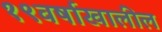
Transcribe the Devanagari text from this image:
१९वर्षाखालील